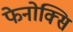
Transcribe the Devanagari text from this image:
फेनोक्सि